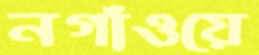
নগাঁওয়ে